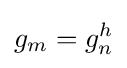
g_{m}=g_{n}^{h}